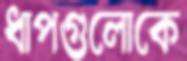
ধাপগুলোকে